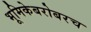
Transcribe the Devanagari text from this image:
भूमिकेबरोबरच